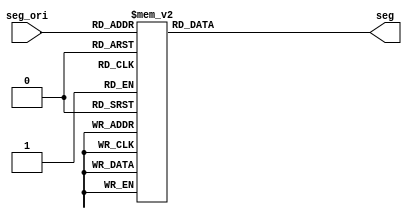
//module segment(
//input [3:0] seg_ori,
//output reg [0:6] seg
//);
//
//always @(*)
//	begin
//			case(seg_ori)
//			0		:seg=7'b1111110;
//			1		:seg=7'b0110000;
//			2		:seg=7'b1101101;
//			3		:seg=7'b1111001;
//			4		:seg=7'b0110011;
//			5		:seg=7'b1011011;
//			6		:seg=7'b1011111;
//			7		:seg=7'b1110000;
//			8		:seg=7'b1111111;
//			9		:seg=7'b1111011;
//			default :seg=7'b1111111;
//			endcase
//	end
//endmodule 
module segment(
input [3:0] seg_ori,
output reg [6:0] seg
);

always @(*)
	begin
			case(seg_ori)
			0		:seg=7'b1000000;
			1		:seg=7'b1111001;
			2		:seg=7'b0100100;
			3		:seg=7'b0110000;
			4		:seg=7'b0011001;
			5		:seg=7'b0010010;
			6		:seg=7'b0000010;
			7		:seg=7'b1111000;
			8		:seg=7'b0000000;
			9		:seg=7'b0010000;
			default :seg=7'b1111111;
			endcase
	end
endmodule